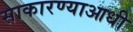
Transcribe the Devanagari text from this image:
साकारण्याआधी